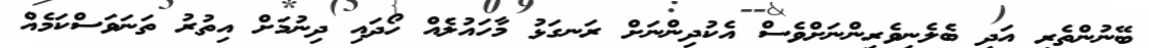
ބޭނުންތެރި އަދި ބެލެނިވެރިންނަށްވެސް އެކުދިންނަށް ރަނގަޅު މާހައުލެއް ހޯދައި ދިނުމަށް އިތުރު ތަނަވަސްކަމެއް